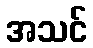
အသင်